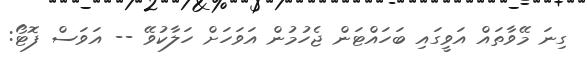
ގިނަ މޭވާތައް އަވީގައި ބަހައްޓަން ޖެހުމުން އަވަހަށް ހަލާކުވޭ -- އަވަސް ފޮޓޯ: